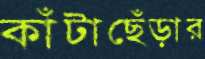
কাঁটাছেঁড়ার